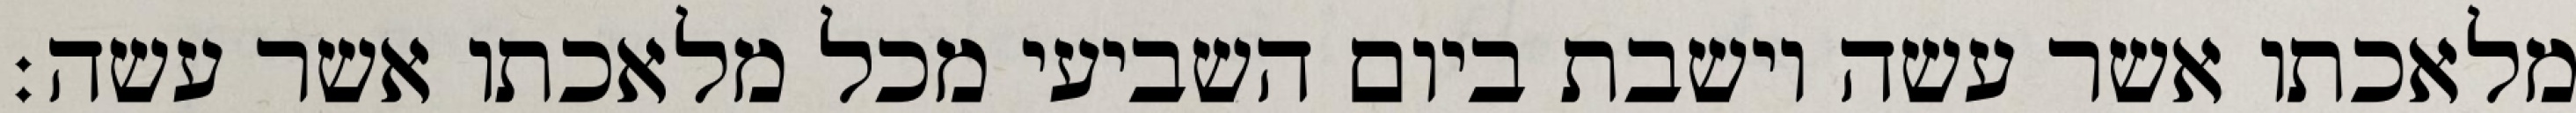
מלאכתו אשר עשה וישבת ביום השביעי מכל מלאכתו אשר עשה׃